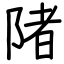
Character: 陼